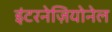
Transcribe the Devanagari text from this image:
इंटरनेज़ियोनेल